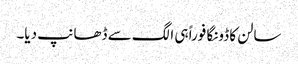
سالن کا ڈونگا فوراً ہی الگ سے ڈھانپ دیا۔